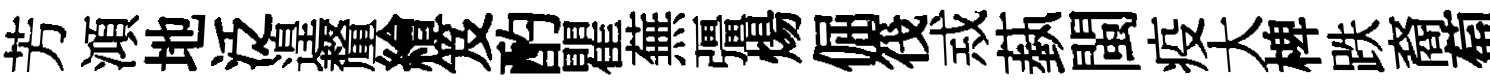
芳澒地泛遑釐繪笈酌瞿蕪彊煬倔筏𢦶蓺閩疫大椑跌裔萄